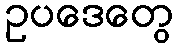
ဥပဒေတွေ